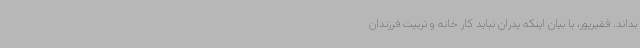
بداند. فقیرپور، با بیان اینکه پدران نباید کار خانه و تربیت فرزندان